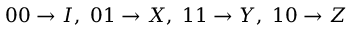
0 0 \to I , \, \, 0 1 \to X , \, \, 1 1 \to Y , \, \, 1 0 \to Z